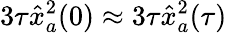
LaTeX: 3\tau\hat{x}_{a}^{2}(0)\approx 3\tau\hat{x}_{a}^{2}(\tau)